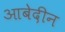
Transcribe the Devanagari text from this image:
आबेदीन